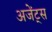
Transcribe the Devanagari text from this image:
अजेंट्स